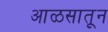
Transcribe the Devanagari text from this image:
आळसातून